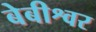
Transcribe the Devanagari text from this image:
बेबीश्वर